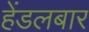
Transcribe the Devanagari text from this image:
हेंडलबार